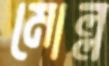
মোল্ল